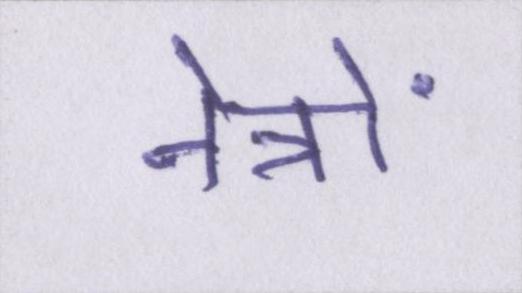
नेत्रों